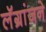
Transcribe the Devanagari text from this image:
लॅग्रांजने